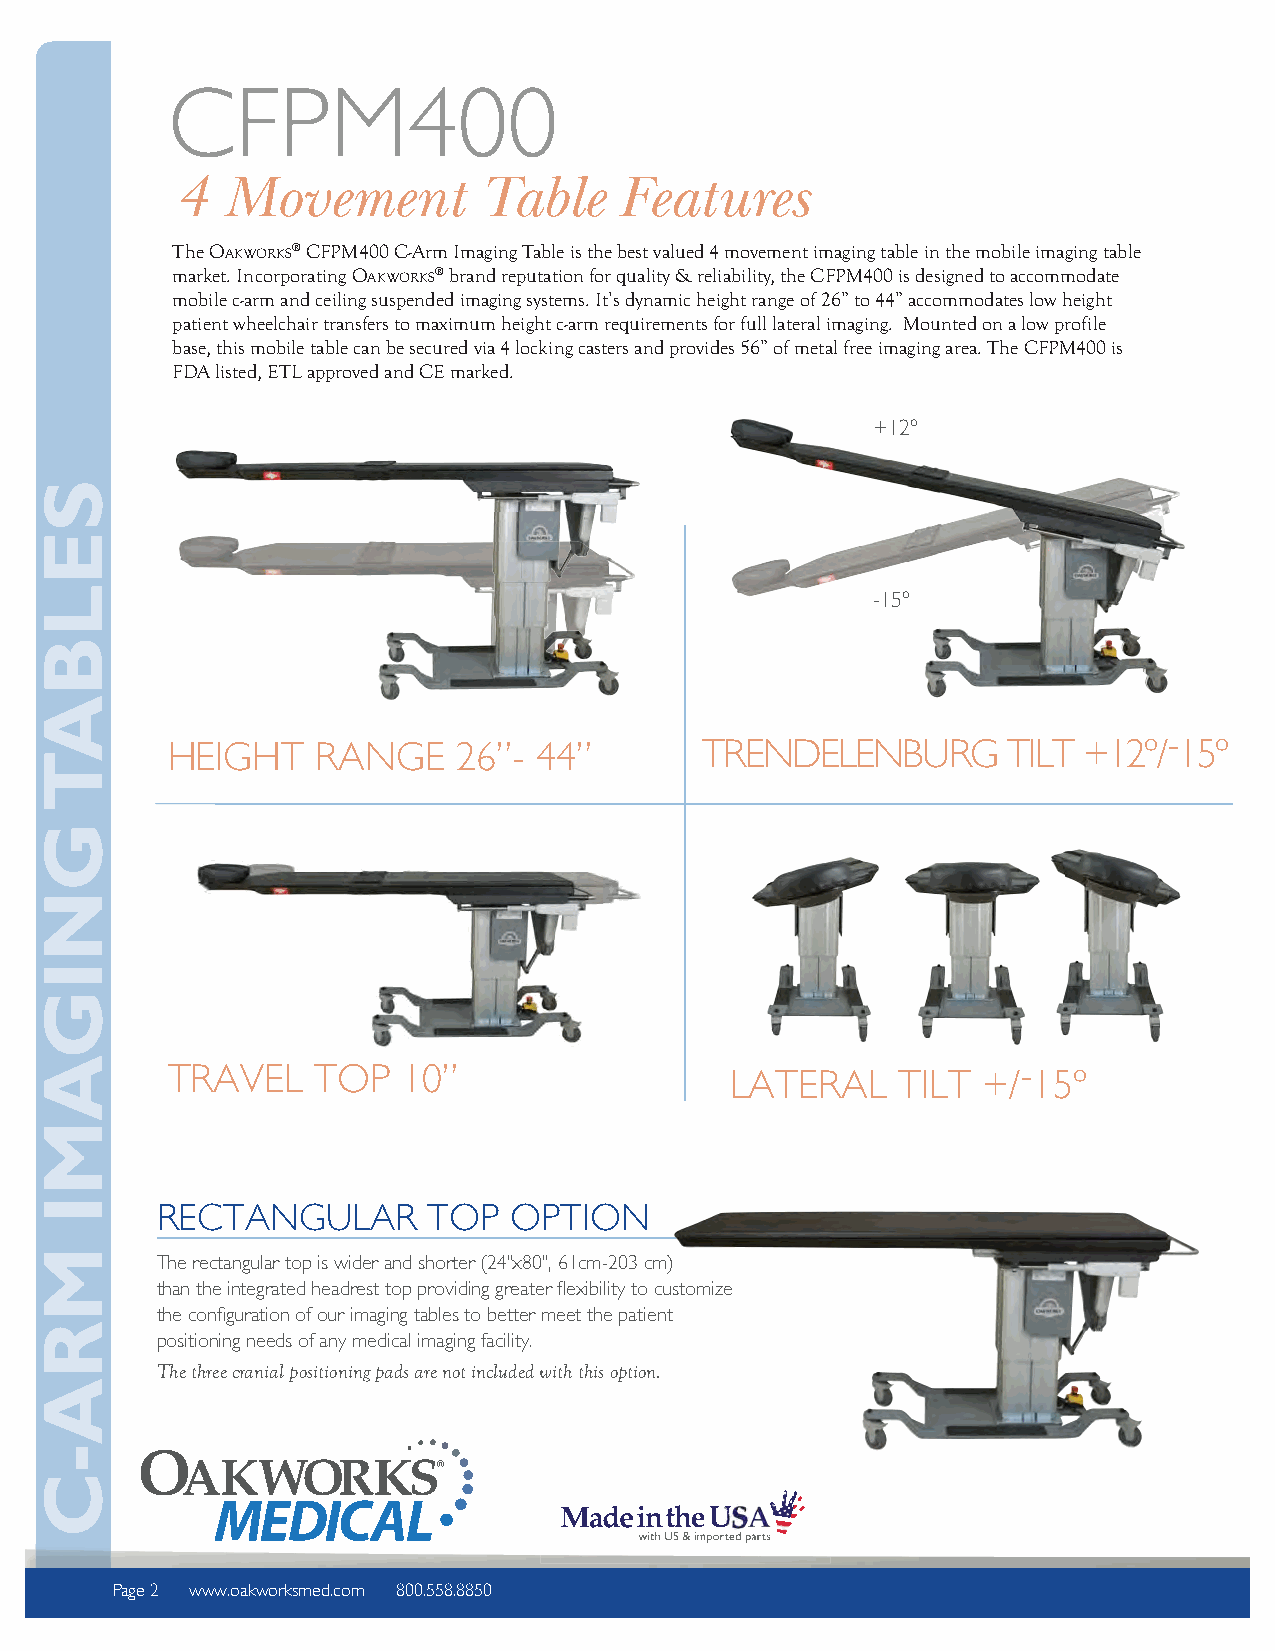
CFPM400
 4  Movement         Table    Features
 The OAKWORKS® CFPM400 C-Arm Imaging Table is the best valued 4 movement imaging table in the mobile imaging table
 market. Incorporating OAKWORKS® brand reputation for quality & reliability, the CFPM400 is designed to accommodate
 mobile c-arm and ceiling suspended imaging systems. It’s dynamic height range of 26” to 44” accommodates low height
 patient wheelchair transfers to maximum height c-arm requirements for full lateral imaging. Mounted on a low profile
 base, this mobile table can be secured via 4 locking casters and provides 56” of metal free imaging area. The CFPM400 is
 FDA listed, ETL approved and CE marked.
 +12º
 -15º
 -
 HEIGHT    RANGE    26”- 44”      TRENDELENBURG        TILT +12º/ 15º
 TRAVEL    TOP   10”                 LATERAL    TILT  +/- 15º
 RECTANGULAR       TOP   OPTION
 The rectangular top is wider and shorter (24"x80", 61cm-203 cm)
 than the integrated headrest top providing greater  exibility to customize
 the con guration of our imaging tables to better meet the patient
 positioning needs of any medical imaging facility.
 The three cranial positioning pads are not included with this option.
 Page 2 www.oakworksmed.com 800.558.8850
 SELBAT
 GNIGAMI
 MRA-C